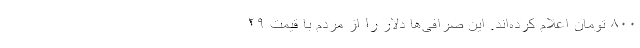
۸۰۰ تومان اعلام کرده‌اند. این صرافی‌ها دلار را از مردم با قیمت ۲۹